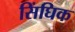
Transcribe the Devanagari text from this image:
सिंघिक